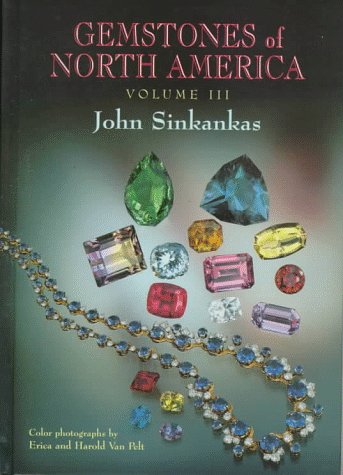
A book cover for Gemstones of North America; John Sinkankas; Science & Math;